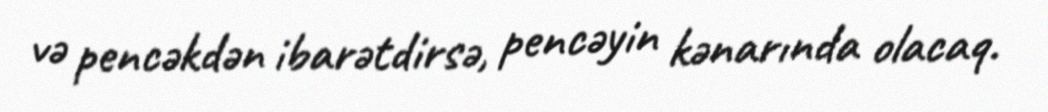
və pencəkdən ibarətdirsə, pencəyin kənarında olacaq.